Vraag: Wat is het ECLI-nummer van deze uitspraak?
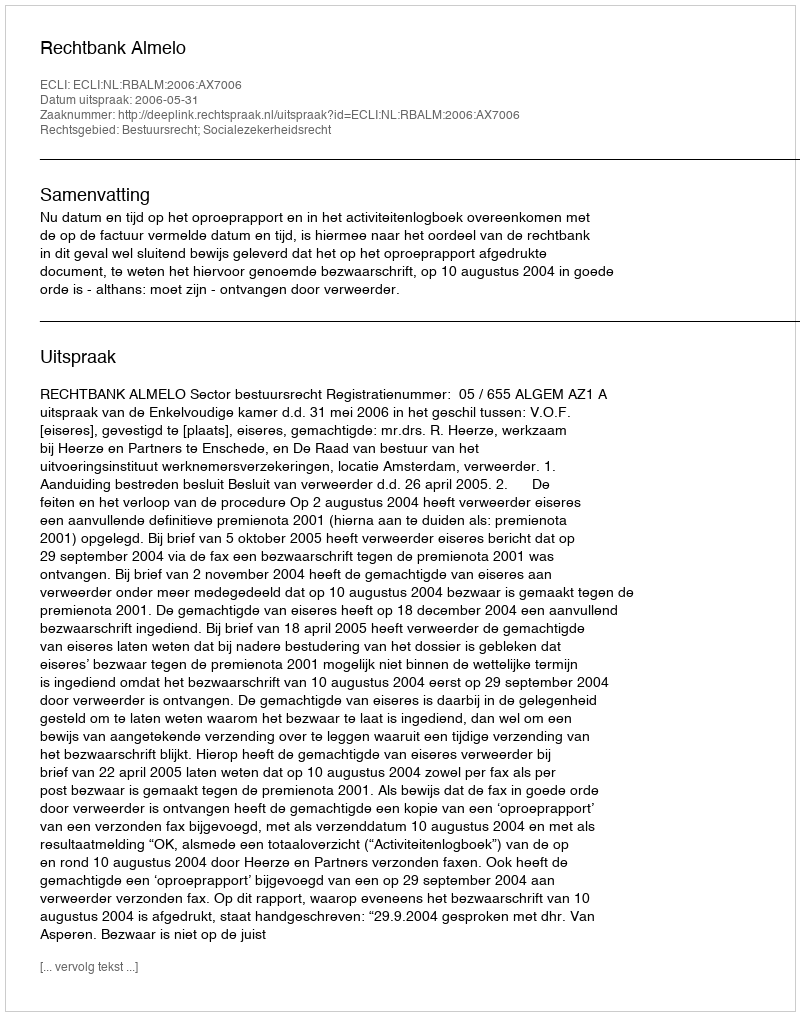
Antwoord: ECLI:NL:RBALM:2006:AX7006